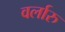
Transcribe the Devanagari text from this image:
वर्लारु